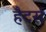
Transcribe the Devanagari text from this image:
हैटर्स